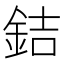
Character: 銡